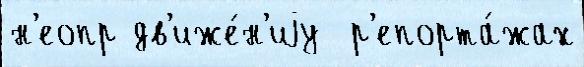
н'еопр дв'иже́н'иjу  р'епорта́жах